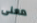
معنى